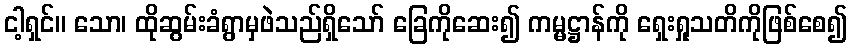
ငါ့ရှင်။ သော၊ ထိုဆွမ်းခံရွာမှဖဲသည်ရှိသော် ခြေကိုဆေး၍ ကမ္မဋ္ဌာန်ကို ရှေးရှုသတိကိုဖြစ်စေ၍